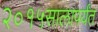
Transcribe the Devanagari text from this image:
२०१५सालापर्यंत